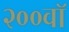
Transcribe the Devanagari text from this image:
२००वॉ